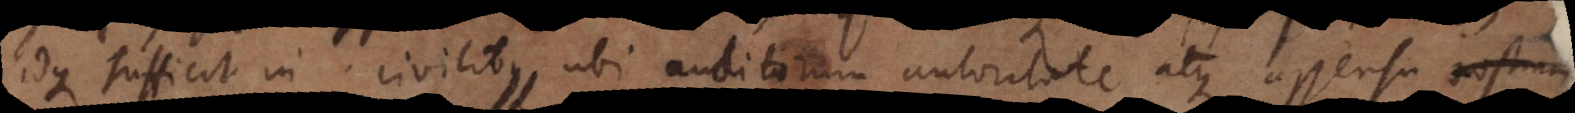
idque sufficit in civilibus, ubi auditorum autoritate atque assensu nostram